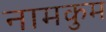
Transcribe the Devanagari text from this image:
नामकुम